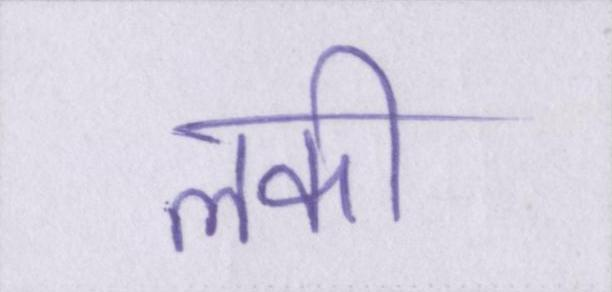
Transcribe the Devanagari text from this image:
लकी